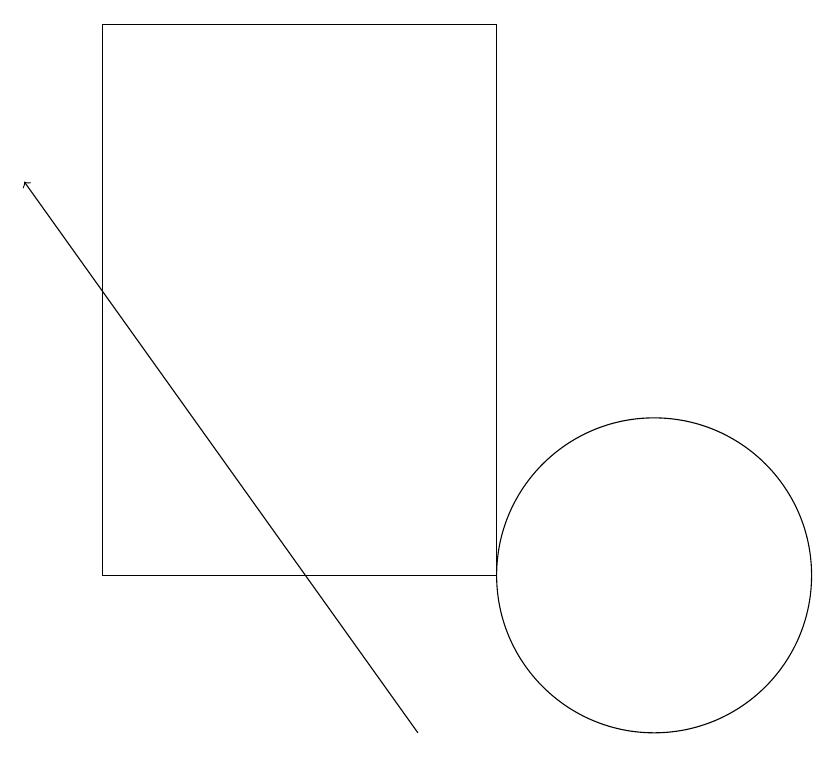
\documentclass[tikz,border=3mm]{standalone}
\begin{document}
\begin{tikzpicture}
\draw (9,12) rectangle (4,19);
\draw (11,12) circle (2);
\draw[->] (8,10) -- (3,17);
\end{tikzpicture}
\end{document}